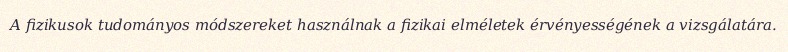
A fizikusok tudományos módszereket használnak a fizikai elméletek érvényességének a vizsgálatára.